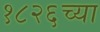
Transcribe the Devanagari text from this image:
१८२६च्या